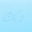
لك